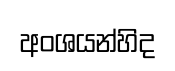
අංශයන්හිද